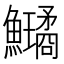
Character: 𩽗